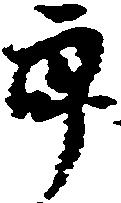
郎